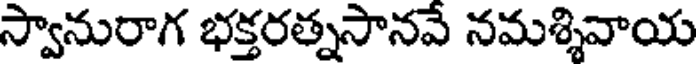
స్వానురాగ భక్తరత్నసానవే నమశ్శివాయ